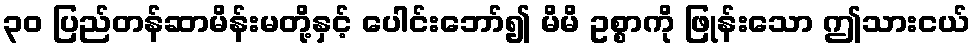
၃၀ ပြည်တန်ဆာမိန်းမတို့နှင့် ပေါင်းဘော်၍ မိမိ ဥစ္စာကို ဖြုန်းသော ဤသားငယ်